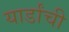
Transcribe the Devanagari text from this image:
यार्डांची